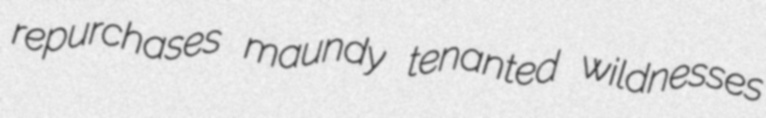
repurchases maundy tenanted wildnesses